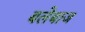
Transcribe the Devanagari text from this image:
बलेबाज